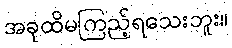
အခုထိမကြည့်ရသေးဘူး။